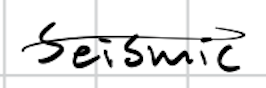
Text: Seismic
Cross-out: mix
Writing tool: digital_black